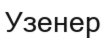
Узенер